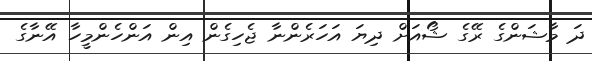
ދަ މާޝަންގެ ރޭގެ ޝޯއަށް ދިޔަ އަހަރެންނާ ޖެހިގެން އިން އަންހެންމީހާ އޭނާގެ